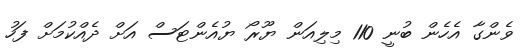
ވެންގާ އެހެން ބުނީ 110 މިލިއަން ޔޫރޯ ޔުއެންޓަސް އަށް ދެއްކުމަށް ފަހު